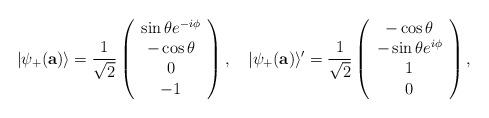
LaTeX: \begin{align*}|\psi_{+}({\bf a})\rangle=\frac{1}{\sqrt{2}}\left(\begin{array}{c}\sin\theta e^{-i\phi}\\-\cos\theta\\0\\-1\end{array}\right),~~~|\psi_{+}({\bf a})\rangle'=\frac{1}{\sqrt{2}}\left(\begin{array}{c}-\cos\theta\\-\sin\theta e^{i\phi}\\1\\0\end{array}\right),\end{align*}